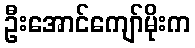
ဦးအောင်ကျော်မိုးက